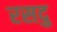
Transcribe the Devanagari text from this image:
रसदु